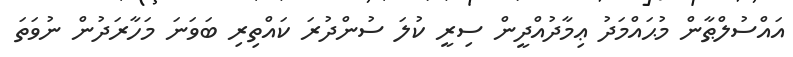
އައްސުލްޠާން މުޙައްމަދު ޢިމާދުއްދީން ސިރީ ކުލަ ސުންދުރަ ކައްތިރި ބަވަނަ މަހާރަދުން ނުވަތަ